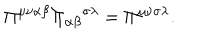
LaTeX: \Pi ^ { \mu \nu \alpha \beta } { \Pi _ { \alpha \beta } } ^ { \sigma \lambda } = \Pi ^ { \mu \nu \sigma \lambda } .